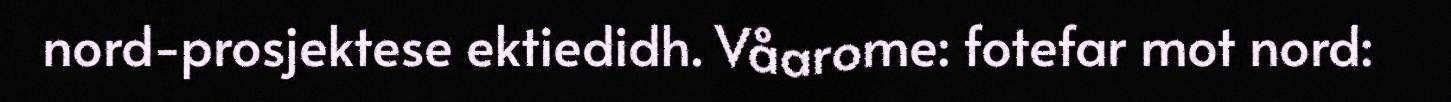
nord-prosjektese ektiedidh. Våarome: fotefar mot nord: